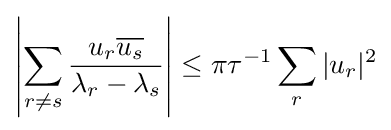
\left|\sum _{r\neq s}{\dfrac {u_{r}{\overline {u_{s}}}}{\lambda _{r}-\lambda _{s}}}\right|\leq \pi \tau ^{-1}\sum _{r}|u_{r}|^{2}